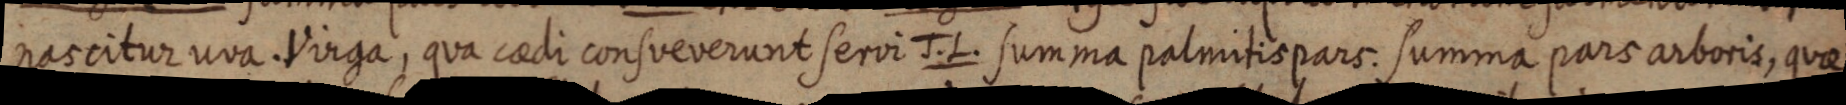
nascitur una Virga, qua caedi consveverunt servi J.L. summa palmitis pars. summa pars arboris, quae